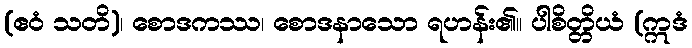
(ဧဝံ သတိ)၊ စောဒကဿ၊ စောဒနာသော ရဟန်း၏။ ပါစိတ္တိယံ (ဣဒံ